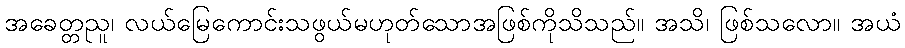
အခေတ္တညူ၊ လယ်မြေကောင်းသဖွယ်မဟုတ်သောအဖြစ်ကိုသိသည်။ အသိ၊ ဖြစ်သလော။ အယံ